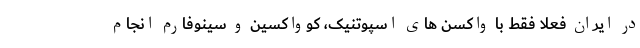
در ایران فعلا فقط با واکسن های اسپوتنیک، کوواکسین و سینوفارم انجام